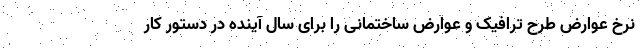
نرخ عوارض طرح ترافیک و عوارض ساختمانی را برای سال آینده در دستور کار